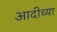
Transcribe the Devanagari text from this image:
आदीच्या